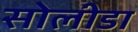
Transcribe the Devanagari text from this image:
सोलीडा